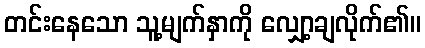
တင်းနေသော သူ့မျက်နှာကို လျှော့ချလိုက်၏။